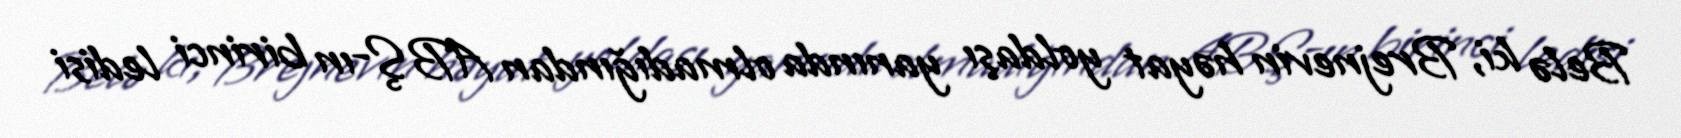
Belə ki, Brejnevin həyat yoldaşı yanında olmadığından ABŞ-ın birinci ledisi